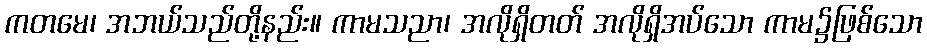
ကတမေ၊ အဘယ်သည်တို့နည်း။ ကာမသညာ၊ အလိုရှိတတ် အလိုရှိအပ်သော ကာမ၌ဖြစ်သော